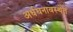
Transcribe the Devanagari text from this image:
अर्धघनावस्थेत